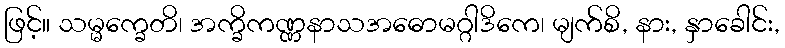
ဖြင့်။ သမ္မက္ခေတိ၊ အက္ခိကဏ္ဏနာသအဓောမဂ္ဂါဒိကေ၊ မျက်စိ, နား, နှာခေါင်း,